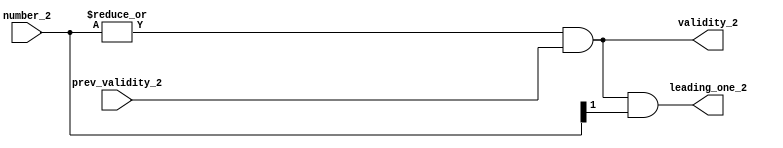
module priority_encoder_2(number_2, leading_one_2, validity_2, prev_validity_2);

input [1 : 0] number_2;
input prev_validity_2;
output validity_2;
output leading_one_2;

assign validity_2 = (| number_2) & prev_validity_2;
assign leading_one_2 = validity_2 & (number_2[1]);


endmodule